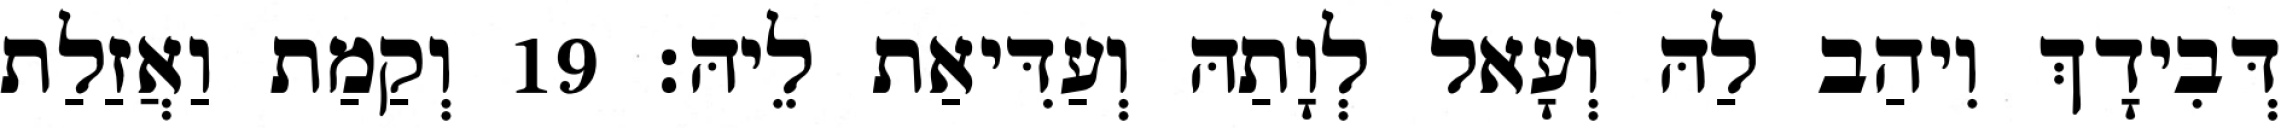
דְּבִידָךְ וִיהַב לַהּ וְעָאל לְוָתַהּ וְעַדִּיאַת לֵיהּ׃ 19 וְקַמַת וַאֲזַלַת